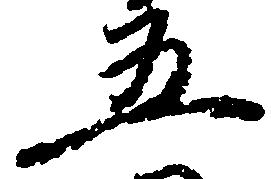
五